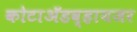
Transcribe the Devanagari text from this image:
कोटाॲडव्हायजर